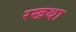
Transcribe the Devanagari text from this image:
रखथा